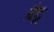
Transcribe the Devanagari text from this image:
ग्रैट्र